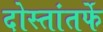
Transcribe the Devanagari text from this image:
दोस्तांतर्फे